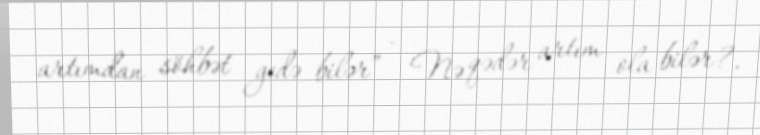
artımdan söhbət gedə bilər” - Nə qədər artım ola bilər?.